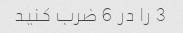
3 را در 6 ضرب کنید